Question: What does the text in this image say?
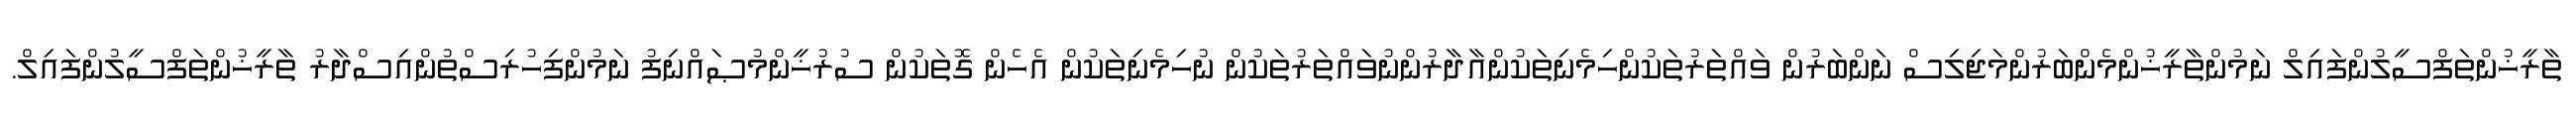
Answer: ތާރީޚުންތަފްސީލުންފައިލް ނަމުންތާރީޚުންމެންބަރުންމަޖިލިސް ނަންބަރުން ވައްތަރުތަކުންހިމެނިތަކުންއާދާރުންނުވައްތަރުތަކުން ނުހިމެނިތަކުން އެހެން ގޮތަކުން ސުރުޚީންމުޞައްނިފު ނަމުންފިހުރިސްތުންއިސްދާރު ތާރީޚުންތަފްސީލުންފައިލް.